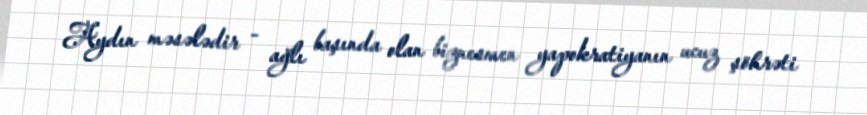
Aydın məsələdir - ağlı başında olan biznesmen yapokratiyanın ucuz şöhrəti